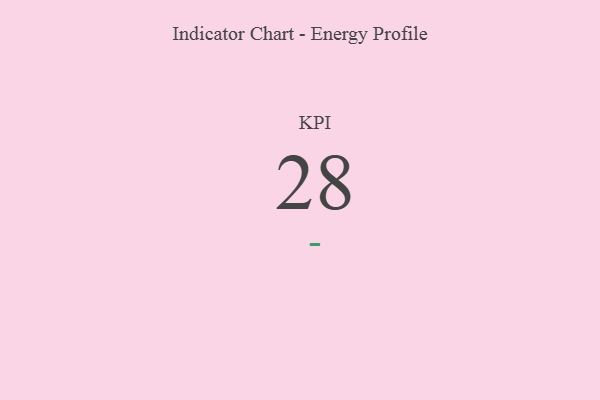
{"axis": {"x": "KPI", "y": "Value"}, "legend": [""], "data": [{"x": "KPI", "y": 28, "type": ""}]}